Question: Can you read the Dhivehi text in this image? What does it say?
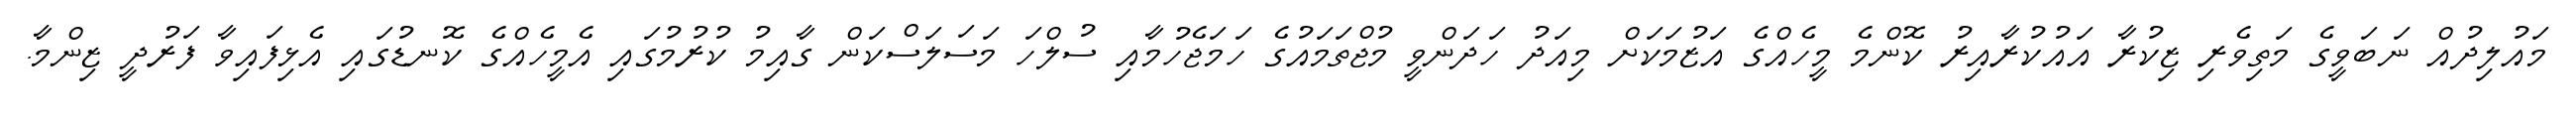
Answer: މައުލިދުއް ނަބަވީގެ މަތިވެރި ޒިކުރާ އައުކުރާއިރު ކޮންމެ މީހެއްގެ އަޒުމަކަށް މިއަދު ހަދަންވީ މުޖްތަމައުގެ ހަމަޖެހުމާއި ސުލްހަ މަސަލަސްކަން ގާއިމު ކުރުމުގައި އެމީހެއްގެ ކޮނޑުގައި އެޅިފައިވާ ފަރުދީ ޒިންމާ.